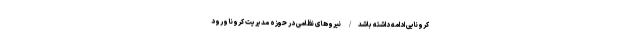
کرونایی ادامه داشته باشد/ نیروهای نظامی در حوزه مدیریت کرونا ورود